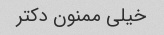
خیلی ممنون دکتر